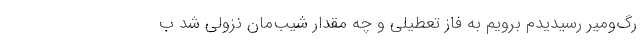
رگ‌ومیر رسیدیدم برویم به فاز تعطیلی و چه مقدار شیب‌مان نزولی شد ب